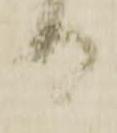
日